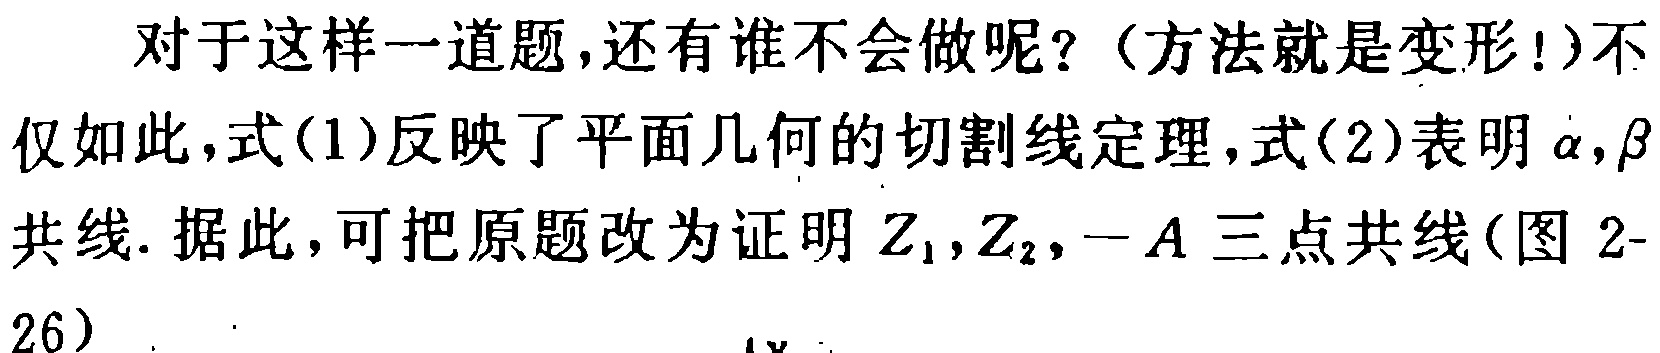
对于这样一道题,还有谁不会做呢？（方法就是变形!）不仅如此,式(1)反映了平面几何的切割线定理,式(2)表明$\alpha,\beta$共线. 据此,可把原题改为证明$Z_1,Z_2,-A$三点共线(图2-26).